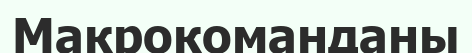
Макрокоманданы